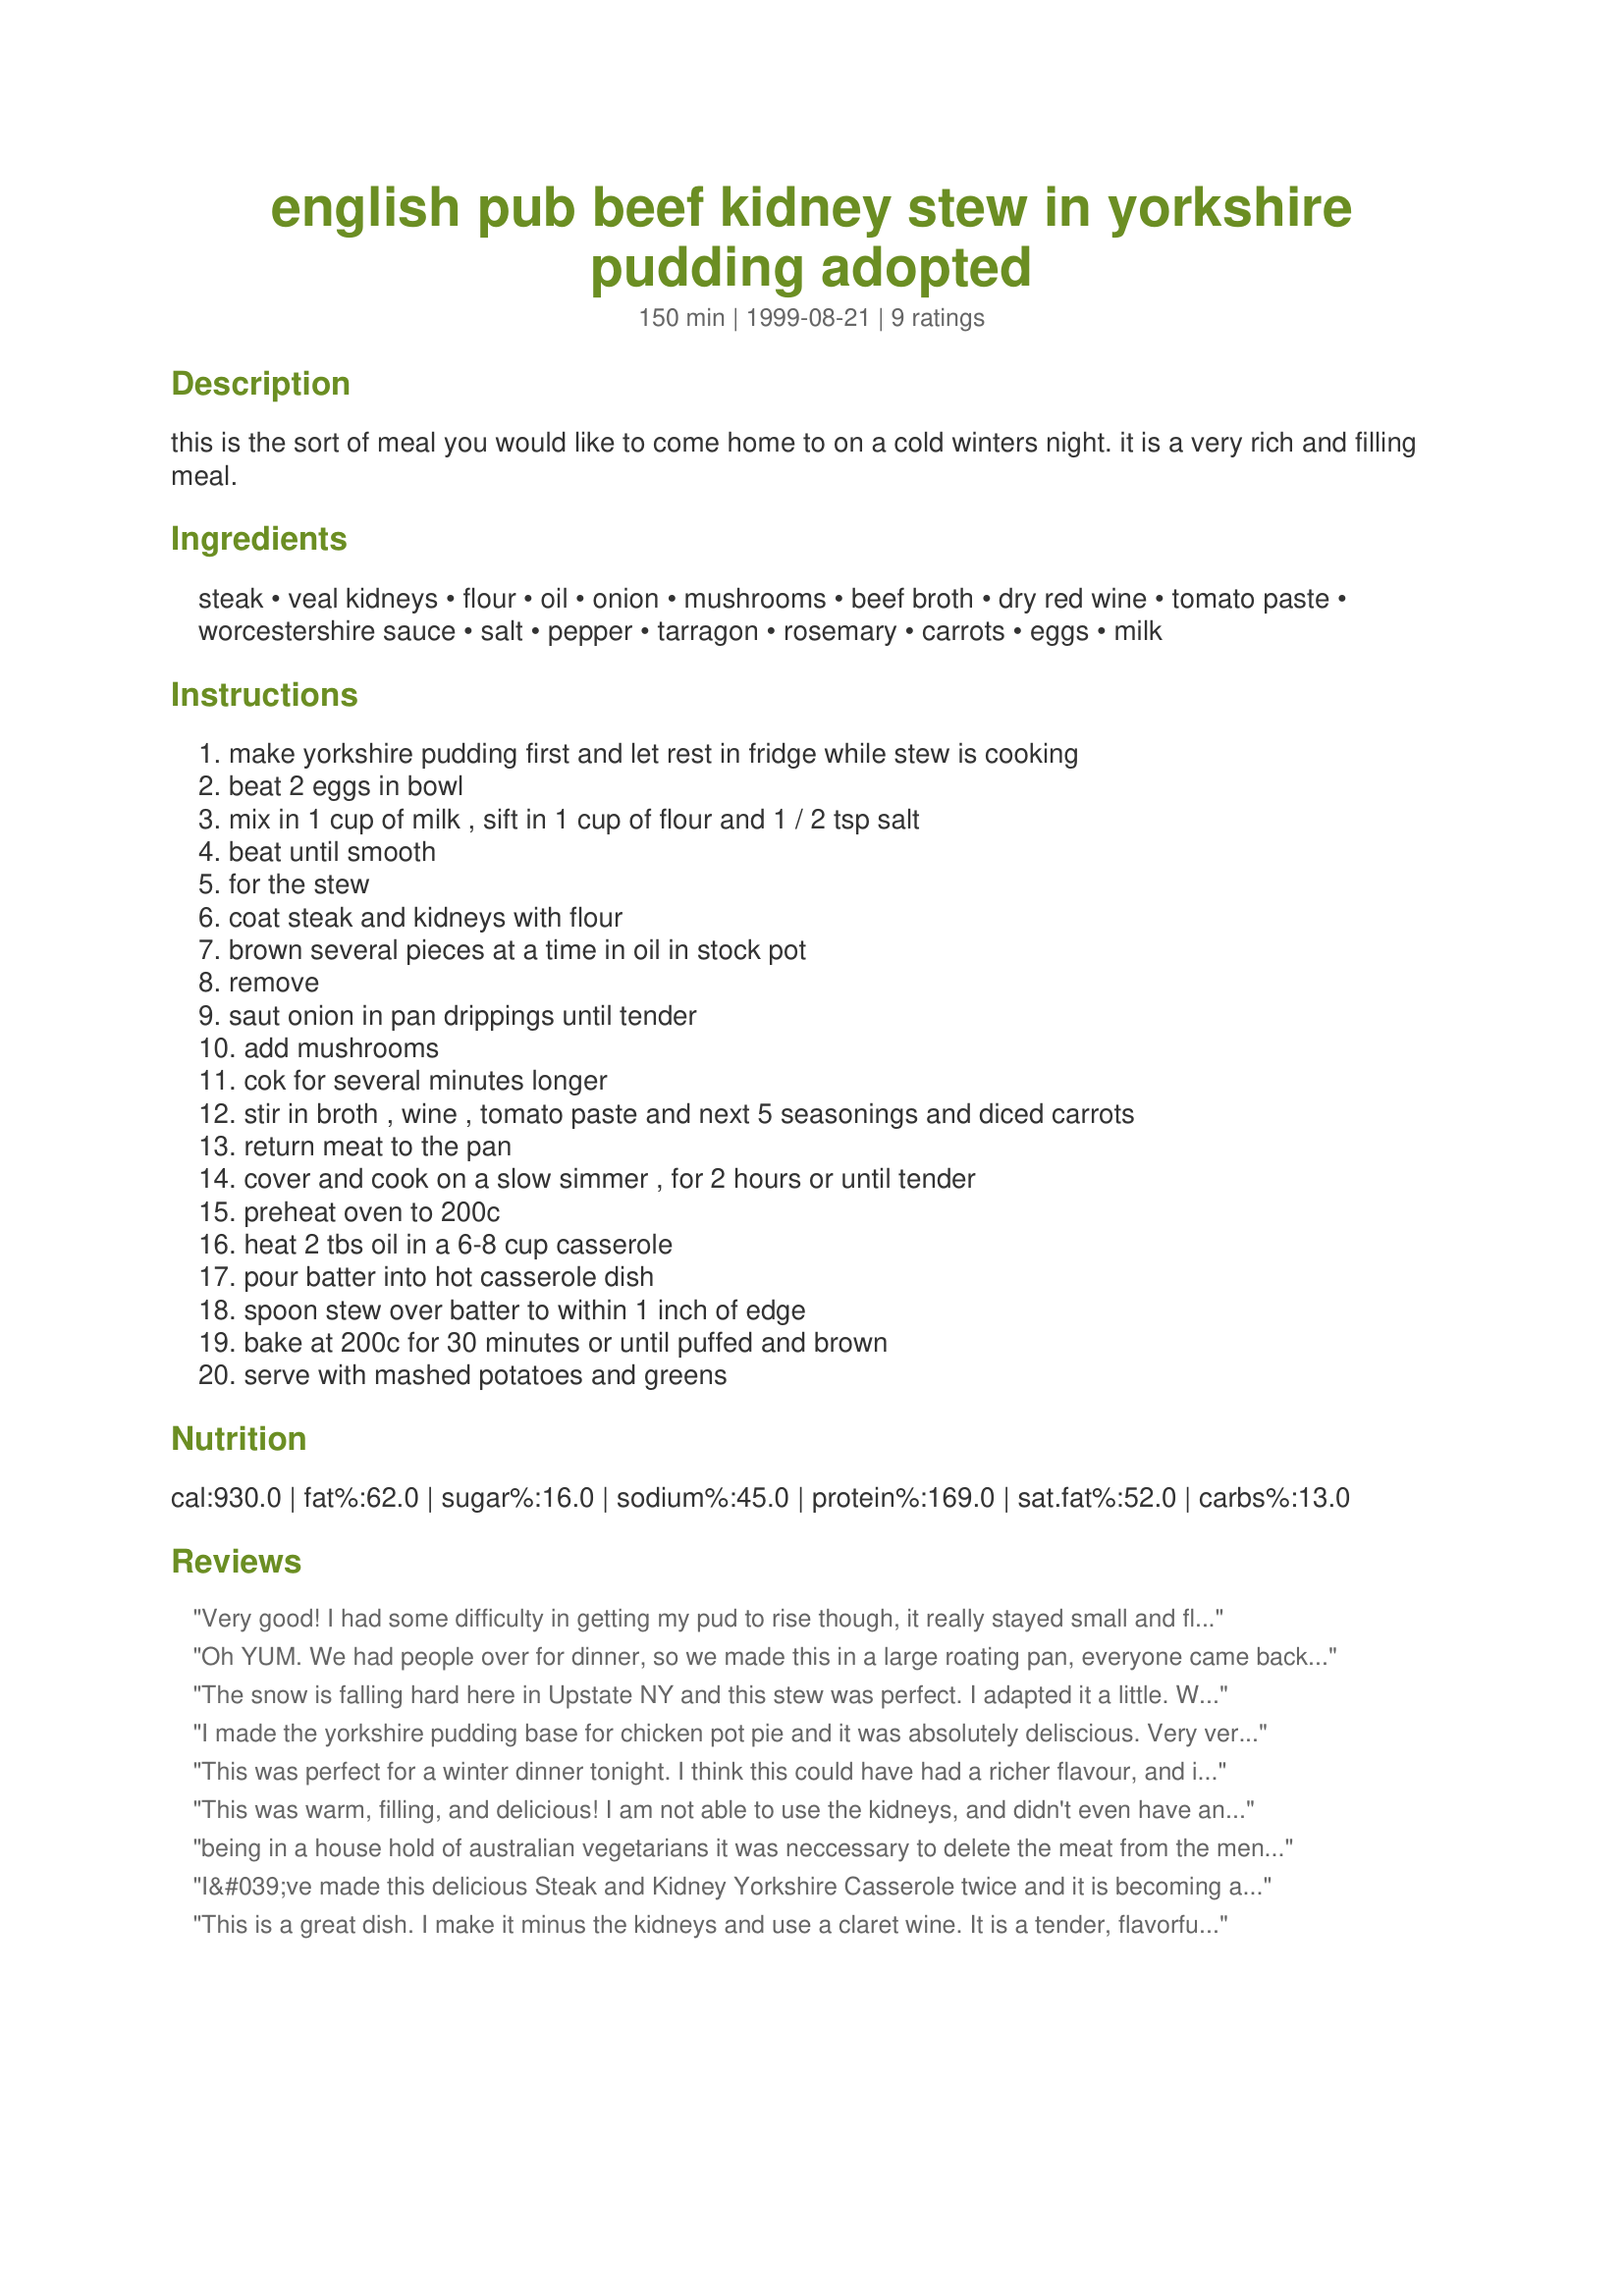
english pub beef kidney stew in yorkshire pudding adopted
Preparation time: 150 minutes

this is the sort of meal you would like to come home to on a cold winters night. it is a very rich and filling meal.

Ingredients:
steak, veal kidneys, flour, oil, onion, mushrooms, beef broth, dry red wine, tomato paste, worcestershire sauce, salt, pepper, tarragon, rosemary, carrots, eggs, milk

Steps:
make yorkshire pudding first and let rest in fridge while stew is cooking, beat 2 eggs in bowl, mix in 1 cup of milk , sift in 1 cup of flour and 1 / 2 tsp salt, beat until smooth, for the stew, coat steak and kidneys with flour, brown several pieces at a time in oil in stock pot, remove, saut onion in pan drippings until tender, add mushrooms, cok for several minutes longer, stir in broth , wine , tomato paste and next 5 seasonings and diced carrots, return meat to the pan, cover and cook on a slow simmer , for 2 hours or until tender, preheat oven to 200c, heat 2 tbs oil in a 6-8 cup casserole, pour batter into hot casserole dish, spoon stew over batter to within 1 inch of edge, bake at 200c for 30 minutes or until puffed and brown, serve with mashed potatoes and greens

Reviews:
Very good! I had some difficulty in getting my pud to rise though, it really stayed small and flat with the stew in the middle. That said it was delicious and perfect for the rainy cool day yesterday.
Oh YUM. We had people over for dinner, so we made this in a large roating pan, everyone came back for not just seconds, but thirds.

It was soo yummy, and easy to double.

I don't like kidneys, but felt that this recipe called for them, and I was glad I put them in, they made the recipe complete.
The snow is falling hard here in Upstate NY and this stew was perfect. I adapted it a little. We used steak only and left out the kidneys. Just after the meat was done browning I added a touch or two of some Merlot, reduced that and removed it from the pan. Then I browned the onions in a bit more oil. Didn't have tarragon, used a bit of sage, basil, and thyme. This is not the first time I've made this and it won't be the last! Thanks!
I made the yorkshire pudding base for chicken pot pie and it was absolutely deliscious. Very versatile recipe. This will definitely go into my rotation. I would love to make it the way it is posted but my husband doesn't like kidney. Nonethe less it's a 5 star recipe !!!
This was perfect for a winter dinner tonight. I think this could have had a richer flavour, and if I could eat kidneys and had left them in-I'm sure it would have! I added more herbs and salt and pepper to compensate. I was worried about heating a Corning Ware casserole, then pouring in cold batter, so I made this in a cake pan. Out of interest, I found a six cup one in my cupboard. It wasn't large enough to hold all the batter and stew mixture, so I would suggest using an 8 cup dish/pan. Thanks Honni for a dinner we all enjoyed.
This was warm, filling, and delicious! I am not able to use the kidneys, and didn't even have any steak on hand, so I had to modify it somewhat severely and use ground beef and some chicken breasts. I also couldn't use the dairy milk for the pudding part, so substituted coconut milk. That said, if you can accept that it was the same recipe made as posted, this was a wonderful dinner! I served it with mashed potatoes, as suggested, and broccoli on the side. The pudding puffed up beautifully and browned to a nice crunch around the edges. The gravy was divine. I would also add that at least in my family, this made 6 hearty servings and not just 4. Thanks for adopting this recipe, Honni!
being in a house hold of australian vegetarians it was neccessary to delete the meat from the menu. this was their first time tring traditional british grub and they were all agreed to it's hidden delights. i will certainly be using your recipes again, and hoipe to change the snobbish, ignorant attittudes of those who presume brittish food inferior. thank you.
I&#039;ve made this delicious Steak and Kidney Yorkshire Casserole twice and it is becoming a favorite. I love the flavor that the kidneys add and am fortunate that my hubbie does too..truly a great and filling dinner..comfort food for the cold winter! Thanks for sharing! I added peas and served with roasted mashed turnip..yum!
This is a great dish. I make it minus the kidneys and use a claret wine. It is a tender, flavorful, filling, hot meal that has taken the place of "regular" stew in our home.
